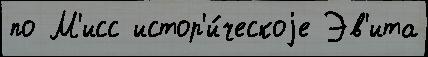
по М'исс истор'и́ческоjе Эв'ита